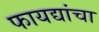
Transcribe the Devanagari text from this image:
फायद्यांचा